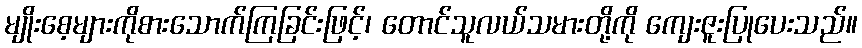
မျိုးစေ့များကိုစားသောက်ကြခြင်းဖြင့်၊ တောင်သူလယ်သမားတို့ကို ကျေးဇူးပြုပေးသည်။